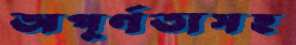
অপূর্ণতাসহ